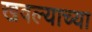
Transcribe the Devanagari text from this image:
खवल्याच्या